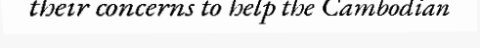
their concerns to help the Cambodian